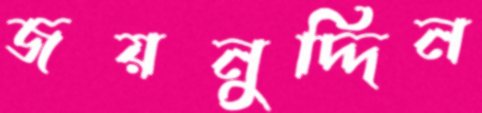
জয়নুদ্দিন